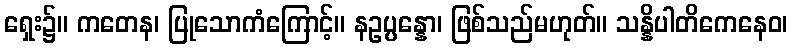
ရှေး၌။ ကတေန၊ ပြုသောကံကြောင့်။ နဥပ္ပန္နော၊ ဖြစ်သည်မဟုတ်။ သန္နိပါတိကေနေဝ၊